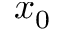
x _ { 0 }